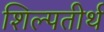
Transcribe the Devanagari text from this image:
शिल्पतीर्थ